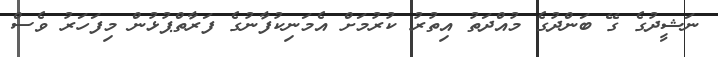
ނަޝީދުގެ ގޭ ބަންދުގެ މުއްދަތު އިތުރު ކުރުމަށް އެމަނިކުފާނުގެ ފަރާތްޕުޅުން މިފަހަރު ވެސް